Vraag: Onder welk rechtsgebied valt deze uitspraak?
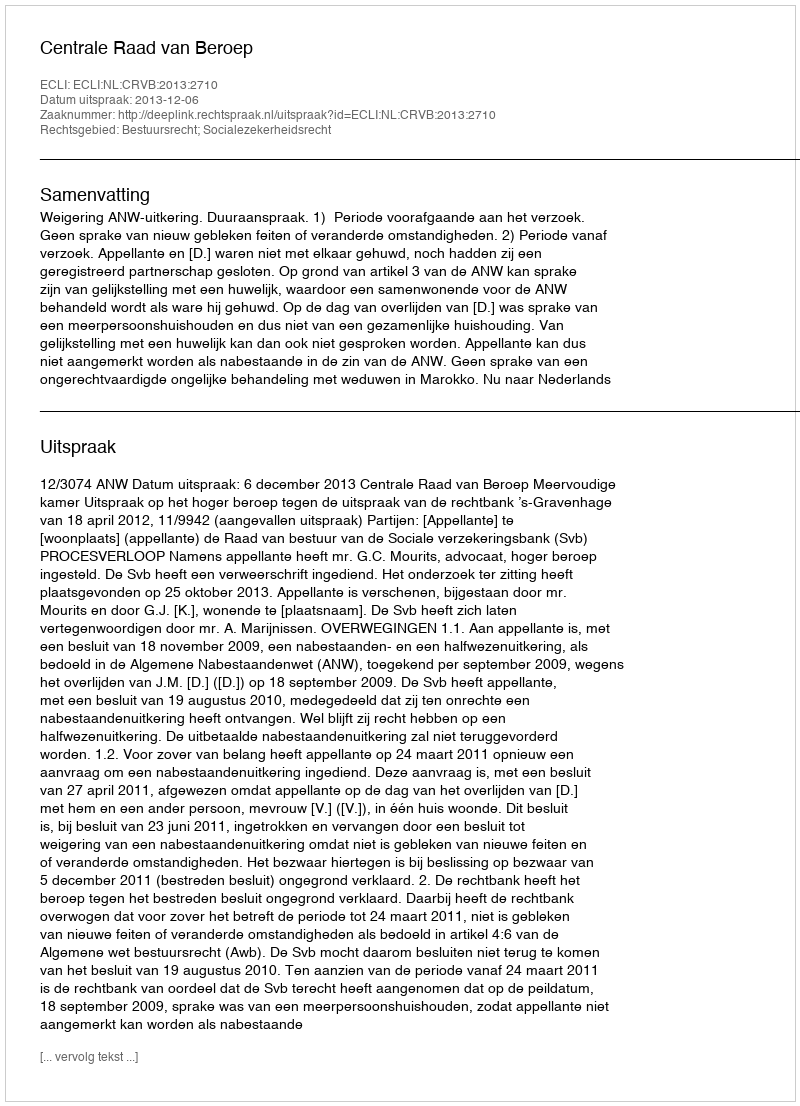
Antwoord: Bestuursrecht; Socialezekerheidsrecht